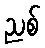
ညစ်